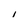
Character: I